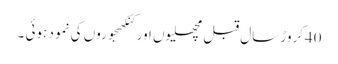
40کروڑ سال قبل مچھلیوں اور کنکھجوروں کی نمو د ہوئی ۔